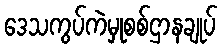
ဒေသကွပ်ကဲမှုစစ်ဌာနချုပ်